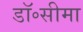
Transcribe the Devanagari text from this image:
डॉ॰सीमा